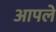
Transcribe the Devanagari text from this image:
अापले